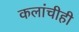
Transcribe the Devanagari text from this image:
कलांचीही